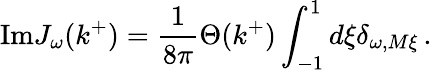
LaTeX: \mathrm{Im}J_{\omega}(k^{+})=\frac{1}{8\pi}\Theta(k^{+})\int_{-1}^{1}d\xi\delta_{\omega,M\xi}\, .